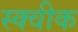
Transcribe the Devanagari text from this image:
स्क्वीक